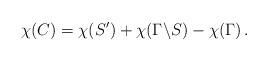
LaTeX: \begin{align*}\chi(C)=\chi(S')+\chi(\Gamma\backslash S)-\chi(\Gamma) \, .\end{align*}